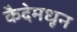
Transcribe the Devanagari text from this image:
कैदेमधून